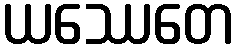
ယဿေတေ